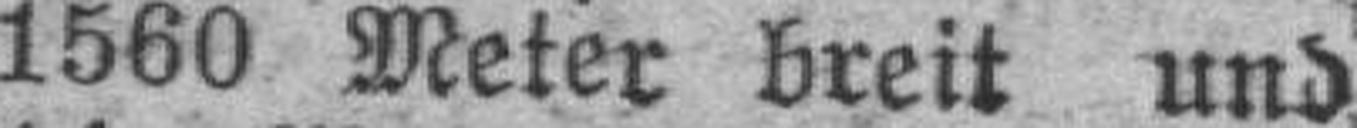
1560 Meter breit und